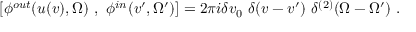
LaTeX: ~ [ \phi ^ { o u t } ( u ( v ) , \Omega ) ~ , ~ \phi ^ { i n } ( v ^ { \prime } , \Omega ^ { \prime } ) ] = 2 \pi i \delta v _ { 0 } ~ \delta ( v - v ^ { \prime } ) ~ \delta ^ { ( 2 ) } ( \Omega - \Omega ^ { \prime } ) ~ .